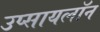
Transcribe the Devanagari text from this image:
उप्सायलॉन